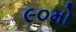
૯૦મો